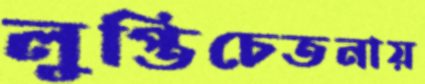
লুপ্তিচেতনায়